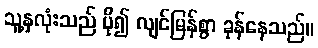
သူ့နှလုံးသည် ပို၍ လျင်မြန်စွာ ခုန်နေသည်။